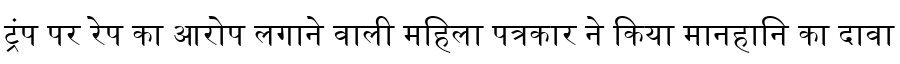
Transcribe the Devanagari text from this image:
ट्रंप पर रेप का आरोप लगाने वाली महिला पत्रकार ने किया मानहानि का दावा